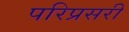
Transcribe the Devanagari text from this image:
परिप्रसरी